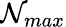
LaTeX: \mathcal{N}_{max}